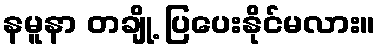
နမူနာ တချို့ ပြပေးနိုင်မလား။